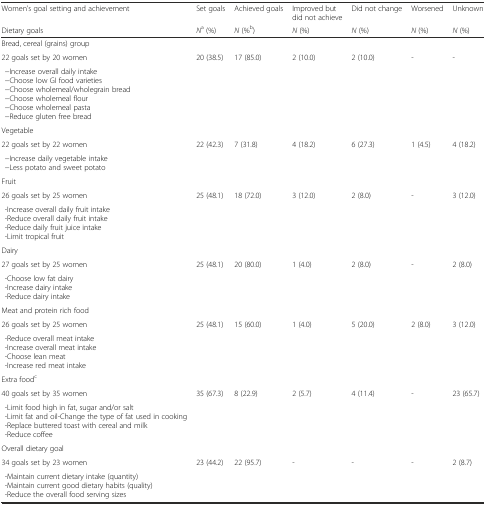
<table><thead><tr><td><b>Women’s goal setting and achievement</b></td><td><b>Set goals</b></td><td><b>Achieved goals</b></td><td><b>Improved but did not achieve</b></td><td><b>Did not change</b></td><td><b>Worsened</b></td><td><b>Unknown</b></td></tr><tr><td><b>Dietary goals</b></td><td><b><i>N</i><sup>a</sup> (%)</b></td><td><b><i>N</i> (%<sup>b</sup>)</b></td><td><b><i>N</i> (%)</b></td><td><b><i>N</i> (%)</b></td><td><b><i>N</i> (%)</b></td><td><b><i>N</i> (%)</b></td></tr></thead><tbody><tr><td>Bread, cereal (grains) group</td><td>[EMPTY_CELL]</td><td>[EMPTY_CELL]</td><td>[EMPTY_CELL]</td><td>[EMPTY_CELL]</td><td>[EMPTY_CELL]</td><td>[EMPTY_CELL]</td></tr><tr><td>22 goals set by 20 women</td><td rowspan="2">20 (38.5)</td><td rowspan="2">17 (85.0)</td><td rowspan="2">2 (10.0)</td><td rowspan="2">2 (10.0)</td><td rowspan="2">-</td><td rowspan="2">-</td></tr><tr><td>−Increase overall daily intake−Choose low GI food varieties−Choose wholemeal/wholegrain bread−Choose wholemeal flour−Choose wholemeal pasta−Reduce gluten free bread</td></tr><tr><td>Vegetable</td><td>[EMPTY_CELL]</td><td>[EMPTY_CELL]</td><td>[EMPTY_CELL]</td><td>[EMPTY_CELL]</td><td>[EMPTY_CELL]</td><td>[EMPTY_CELL]</td></tr><tr><td>22 goals set by 22 women</td><td rowspan="2">22 (42.3)</td><td rowspan="2">7 (31.8)</td><td rowspan="2">4 (18.2)</td><td rowspan="2">6 (27.3)</td><td rowspan="2">1 (4.5)</td><td rowspan="2">4 (18.2)</td></tr><tr><td>−Increase daily vegetable intake−Less potato and sweet potato</td></tr><tr><td>Fruit</td><td>[EMPTY_CELL]</td><td>[EMPTY_CELL]</td><td>[EMPTY_CELL]</td><td>[EMPTY_CELL]</td><td>[EMPTY_CELL]</td><td>[EMPTY_CELL]</td></tr><tr><td>26 goals set by 25 women</td><td rowspan="2">25 (48.1)</td><td rowspan="2">18 (72.0)</td><td rowspan="2">3 (12.0)</td><td rowspan="2">2 (8.0)</td><td rowspan="2">-</td><td rowspan="2">3 (12.0)</td></tr><tr><td>-Increase overall daily fruit intake-Reduce overall daily fruit intake-Reduce daily fruit juice intake-Limit tropical fruit</td></tr><tr><td>Dairy</td><td>[EMPTY_CELL]</td><td>[EMPTY_CELL]</td><td>[EMPTY_CELL]</td><td>[EMPTY_CELL]</td><td>[EMPTY_CELL]</td><td>[EMPTY_CELL]</td></tr><tr><td>27 goals set by 25 women</td><td rowspan="2">25 (48.1)</td><td rowspan="2">20 (80.0)</td><td rowspan="2">1 (4.0)</td><td rowspan="2">2 (8.0)</td><td rowspan="2">-</td><td rowspan="2">2 (8.0)</td></tr><tr><td>-Choose low fat dairy-Increase dairy intake-Reduce dairy intake</td></tr><tr><td>Meat and protein rich food</td><td>[EMPTY_CELL]</td><td>[EMPTY_CELL]</td><td>[EMPTY_CELL]</td><td>[EMPTY_CELL]</td><td>[EMPTY_CELL]</td><td>[EMPTY_CELL]</td></tr><tr><td>26 goals set by 25 women</td><td rowspan="2">25 (48.1)</td><td rowspan="2">15 (60.0)</td><td rowspan="2">1 (4.0)</td><td rowspan="2">5 (20.0)</td><td rowspan="2">2 (8.0)</td><td rowspan="2">3 (12.0)</td></tr><tr><td>-Reduce overall meat intake-Increase overall meat intake-Choose lean meat-Increase red meat intake</td></tr><tr><td>Extra food<sup>c</sup></td><td>[EMPTY_CELL]</td><td>[EMPTY_CELL]</td><td>[EMPTY_CELL]</td><td>[EMPTY_CELL]</td><td>[EMPTY_CELL]</td><td>[EMPTY_CELL]</td></tr><tr><td>40 goals set by 35 women</td><td rowspan="2">35 (67.3)</td><td rowspan="2">8 (22.9)</td><td rowspan="2">2 (5.7)</td><td rowspan="2">4 (11.4)</td><td rowspan="2">-</td><td rowspan="2">23 (65.7)</td></tr><tr><td>-Limit food high in fat, sugar and/or salt-Limit fat and oil-Change the type of fat used in cooking-Replace buttered toast with cereal and milk-Reduce coffee</td></tr><tr><td>Overall dietary goal</td><td>[EMPTY_CELL]</td><td>[EMPTY_CELL]</td><td>[EMPTY_CELL]</td><td>[EMPTY_CELL]</td><td>[EMPTY_CELL]</td><td>[EMPTY_CELL]</td></tr><tr><td>34 goals set by 23 women</td><td rowspan="2">23 (44.2)</td><td rowspan="2">22 (95.7)</td><td rowspan="2">-</td><td rowspan="2">-</td><td rowspan="2">-</td><td rowspan="2">2 (8.7)</td></tr><tr><td>-Maintain current dietary intake (quantity)-Maintain current good dietary habits (quality)-Reduce the overall food serving sizes</td></tr></tbody></table>